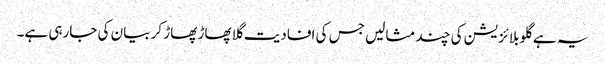
یہ ہے گلوبلائزیشن کی چند مثالیں جس کی افادیت گلا پھاڑ پھاڑ کر بیان کی جارہی ہے۔